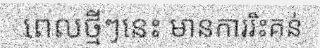
ពេលថ្មីៗនេះ មានការរិះគន់